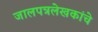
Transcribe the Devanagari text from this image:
जालपत्रलेखकांचे